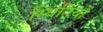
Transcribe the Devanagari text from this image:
स्‍थितियों